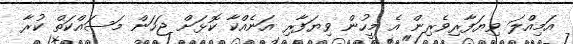
އަމިއްލަ ވިޔަފާރިވެރިން އެ މީހުން ވިޔަފާރި އަނެއްކާ ކޮޅަށް ޖަހަން މަސައްކަތް ކުރާ